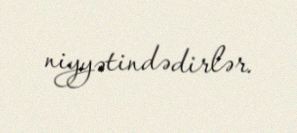
niyyətindədirlər.